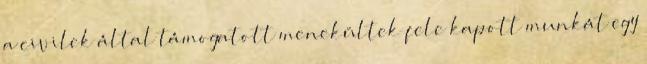
a civilek által támogatott menekültek fele kapott munkát egy